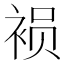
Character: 𮷁